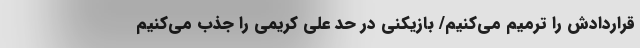
قراردادش را ترمیم می‌کنیم/ بازیکنی در حد علی کریمی را جذب می‌کنیم